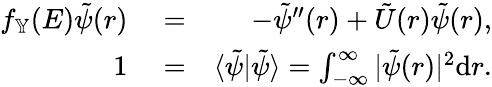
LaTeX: \begin{array}{rlr}{f_{\mathbb{Y}}(E)\tilde{\psi}(r)}&{{}=}&{-\tilde{\psi}^{\prime\prime}(r)+\tilde{U}(r)\tilde{\psi}(r),}\\ {1}&{{}=}&{\langle\tilde{\psi}|\tilde{\psi}\rangle=\int_{-\infty}^{\infty}|\tilde{\psi}(r)|^{2}{\textrm d}r.}\end{array}